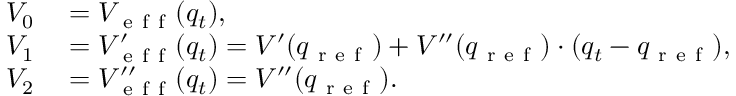
\begin{array} { r l } { V _ { 0 } } & { { } = V _ { \mathrm { ~ e ~ f ~ f ~ } } ( q _ { t } ) , } \\ { V _ { 1 } } & { { } = V _ { \mathrm { ~ e ~ f ~ f ~ } } ^ { \prime } ( q _ { t } ) = V ^ { \prime } ( q _ { \mathrm { ~ r ~ e ~ f ~ } } ) + V ^ { \prime \prime } ( q _ { \mathrm { ~ r ~ e ~ f ~ } } ) \cdot ( q _ { t } - q _ { \mathrm { ~ r ~ e ~ f ~ } } ) , } \\ { V _ { 2 } } & { { } = V _ { \mathrm { ~ e ~ f ~ f ~ } } ^ { \prime \prime } ( q _ { t } ) = V ^ { \prime \prime } ( q _ { \mathrm { ~ r ~ e ~ f ~ } } ) . } \end{array}